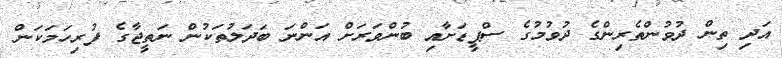
އަދި ތިން ދުވުންތެރިންގެ ދުވުމުގެ ސްޕީޑަށާއި ބުންވަރަށް އަންނަ ބަދަލުތަކުން ނަތީޖާގެ ފުރިހަމަކަން